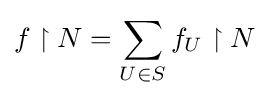
f\upharpoonright N=\sum _{U\in S}f_{U}\upharpoonright N